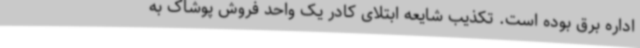
اداره برق بوده است. تکذیب شایعه ابتلای کادر یک واحد فروش پوشاک به